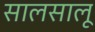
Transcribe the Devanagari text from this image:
सालसालू